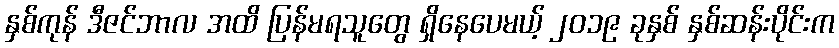
နှစ်ကုန် ဒီဇင်ဘာလ အထိ ပြန်မရသူတွေ ရှိနေပေမယ့် ၂၀၁၉ ခုနှစ် နှစ်ဆန်းပိုင်းက